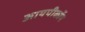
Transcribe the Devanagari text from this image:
आयपीकॉप